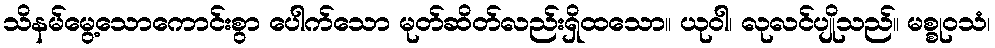
သိနမ်မွေ့သောကောင်းစွာ ပေါက်သော မုတ်ဆိတ်လည်းရှိထသော။ ယုဝါ၊ လုလင်ပျိုသည်။ မစ္စုဝသံ၊